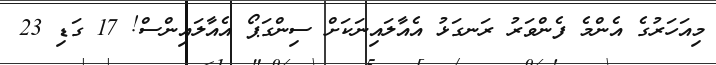
މިއަހަރުގެ އެންމެ ފެންވަރު ރަނގަޅު އެއާލައިނަކަށް ސިންގަޕޯ އެއާލައިންސް! 17 ގަޑި 23